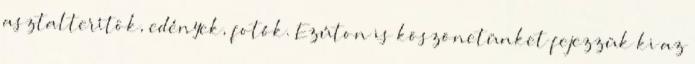
asztalterítôk, edények, fotók. Ezúton is köszönetünket fejezzük ki az